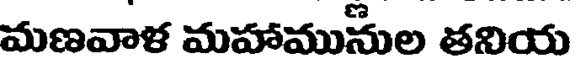
మణవాళ మహామునుల తనియ